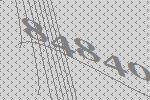
84840